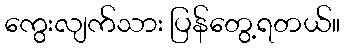
ကွေးလျက်သား ပြန်တွေ့ရတယ်။